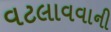
વટલાવવાની